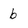
Character: b